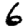
Digit: 6